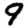
Digit: 9